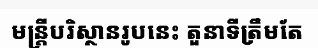
មន្ត្រីបរិស្ថានរូបនេះ តួនាទីត្រឹមតែ